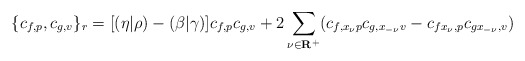
\begin{align*}\{c_{f,p}, c_{g,v}\}_r=[(\eta|\rho)-(\beta|\gamma)]c_{f,p} c_{g,v}+2\sum_{\nu\in\bf R^+} (c_{f,x_\nu p}c_{g,x_{-\nu}v}-c_{fx_\nu,p}c_{gx_{-\nu},v})\end{align*}